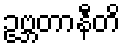
ဥဗ္ဘတာနီတိ